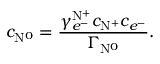
c _ { \mathrm { N } ^ { 0 } } = \frac { \gamma _ { e ^ { - } } ^ { \mathrm { N } ^ { + } } c _ { \mathrm { N } ^ { + } } c _ { e ^ { - } } } { \Gamma _ { \mathrm { N } ^ { 0 } } } .